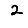
Digit: 2